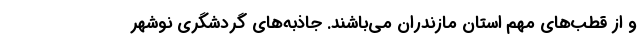
و از قطب­‌های مهم استان مازندران می­‌باشند. جاذبه‌های گردشگری نوشهر